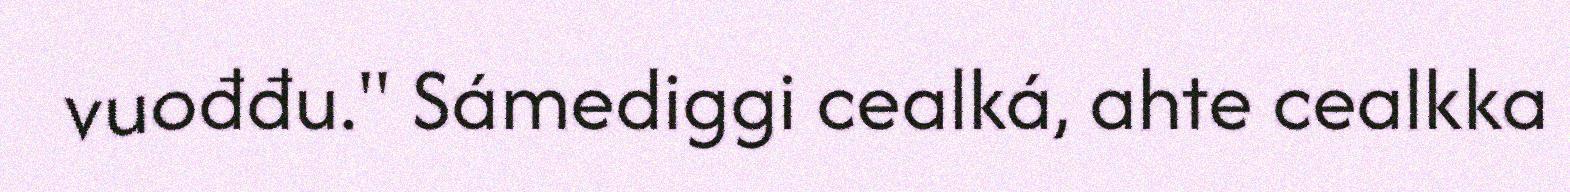
vuođđu." Sámediggi cealká, ahte cealkka